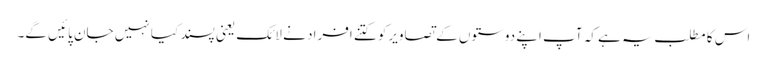
اس کا مطلب یہ ہے کہ آپ اپنے دوستوں کے تصاویرکو کتنے افراد نے لائک یعنی پسند کیا نہیں جان پائیں گے۔